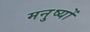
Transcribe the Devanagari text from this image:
मनु्ष्यों